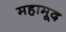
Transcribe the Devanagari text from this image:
महामूद